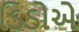
ડિડોએ